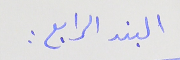
البند الرابع :